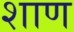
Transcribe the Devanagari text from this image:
शाण